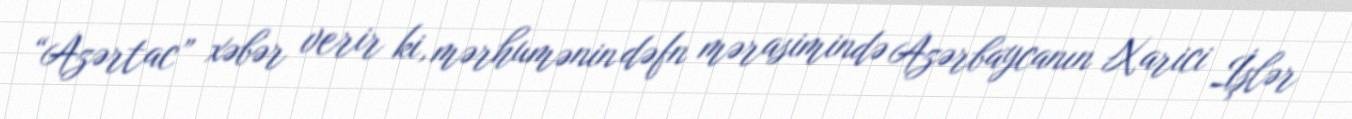
“Azərtac” xəbər verir ki, mərhumənin dəfn mərasimində Azərbaycanın Xarici İşlər